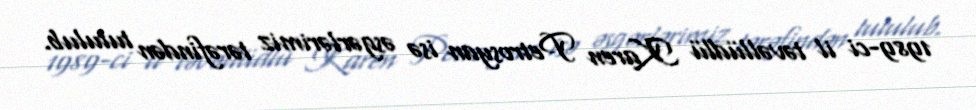
1989-ci il təvəllüdlü Karen Petrosyan isə əsgərlərimiz tərəfindən tutulub.